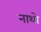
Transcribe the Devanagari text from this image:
नाथो